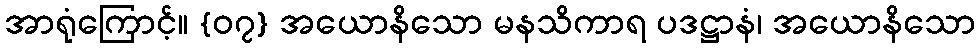
အာရုံကြောင့်။ {၀၇} အယောနိသော မနသိကာရ ပဒဋ္ဌာနံ၊ အယောနိသော